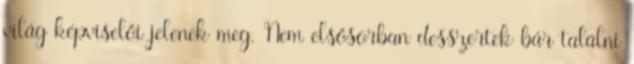
világ képviselői jelenek meg. Nem elsősorban desszertek bár találni